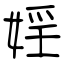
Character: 婬